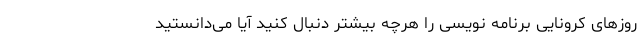
روزهای کرونایی برنامه نویسی را هرچه بیشتر دنبال کنید آیا می‌دانستید